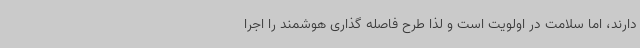
دارند، اما سلامت در اولویت است و لذا طرح فاصله گذاری هوشمند را اجرا